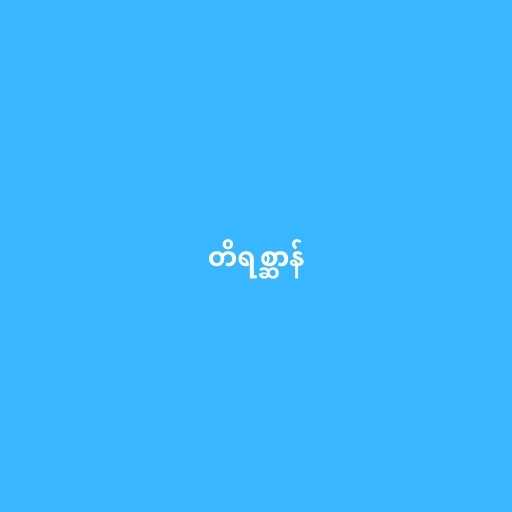
တိရစ္ဆာန်